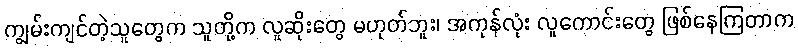
ကျွမ်းကျင်တဲ့သူတွေက သူတို့က လူဆိုးတွေ မဟုတ်ဘူး၊ အကုန်လုံး လူကောင်းတွေ ဖြစ်နေကြတာက